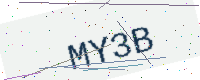
Text: MY3B